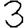
Digit: 3